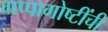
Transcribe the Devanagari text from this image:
गप्पागोष्टींची